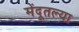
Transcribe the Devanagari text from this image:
मेंदूतल्या